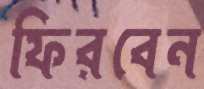
ফিরবেন